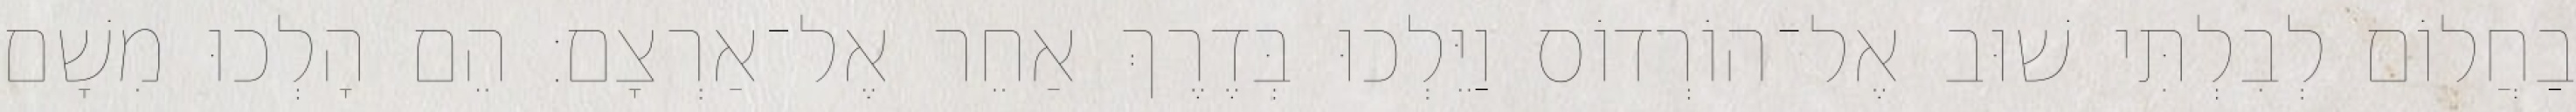
בַחֲלוֹם לְבִלְתִּי שׁוּב אֶל־הוֹרְדוֹס וַיֵּלְכוּ בְּדֶרֶךְ אַחֵר אֶל־אַרְצָם׃ הֵם הָלְכוּ מִשָׁם